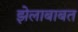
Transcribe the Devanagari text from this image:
झेलाबाबत